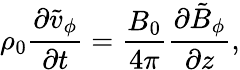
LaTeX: \rho_{0}\frac{\partial\tilde{v}_{\phi}}{\partial t}=\frac{B_{0}}{4\pi}\frac{\partial\tilde{B}_{\phi}}{\partial z},